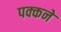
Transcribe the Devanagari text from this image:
पक्कने